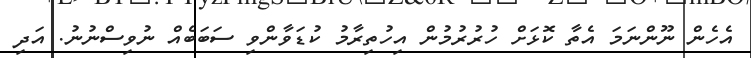
އެހެން ނޫންނަމަ އެތާ ކޮޅަށް ހުރުރުމުން އިހުތިރާމު ކުޑަވާންވި ސަބަބެއް ނުވިސްނުނު. އަދި